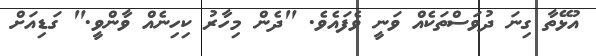
އުޅޭތާ ގިނަ ދުވަސްތަކެއް ވަނީ ވެފައެވެ. "ދެން މިހާރު ކިހިނެއް ވާންވީ." ގަޑިއަށް